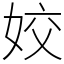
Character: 姣